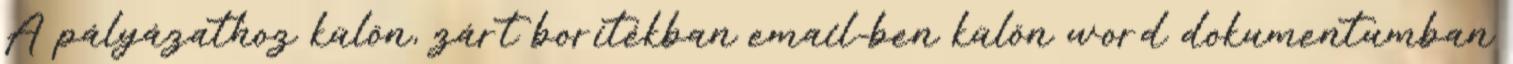
A pályázathoz külön, zárt borítékban email-ben külön word dokumentumban